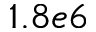
1 . 8 e 6